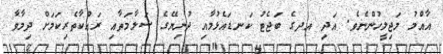
އާއްމު މަޖިލީހުންނެވެ. އަދި އދގެ ބަޖެޓު ކަނޑައެޅުމާއި ދުނިޔޭގެ ސަލާމަތާއި ރައްކާތެރިކަމަށް ދިމާވާ